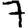
Digit: 7